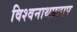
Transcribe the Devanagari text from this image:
विश्वनाथप्रताप